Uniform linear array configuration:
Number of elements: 64
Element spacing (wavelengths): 0.25
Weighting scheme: binomial
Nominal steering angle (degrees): -15
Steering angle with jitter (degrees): -16.541
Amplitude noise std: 0.05
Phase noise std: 0.05

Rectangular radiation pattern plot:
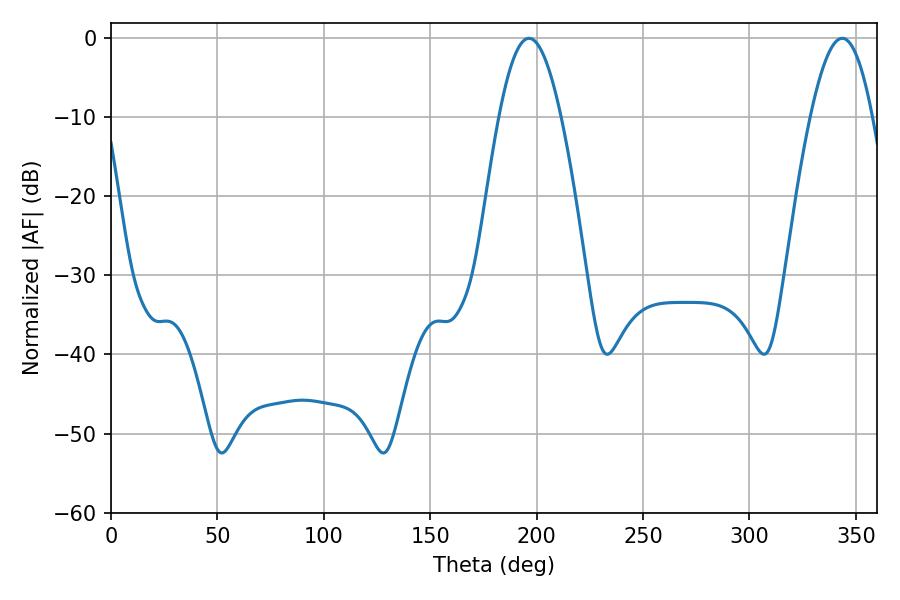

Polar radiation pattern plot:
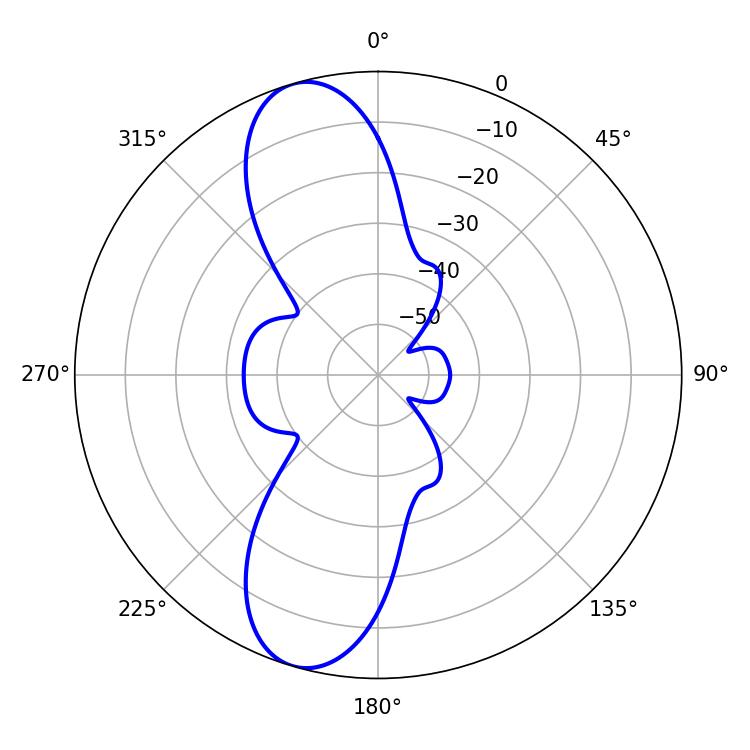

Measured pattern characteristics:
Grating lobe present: FALSE
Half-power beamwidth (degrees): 15.84
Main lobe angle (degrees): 196.38